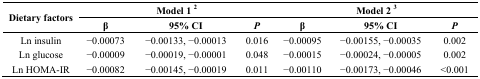
| <ROWSPAN=2> Dietary factors | <COLSPAN=3> Model 1 2 | <COLSPAN=3> Model 2 3 |
 | β | 95% CI | P | β | 95% CI | P |
 | --- | --- | --- | --- | --- | --- | --- |
 | Ln insulin | −0.00073 | −0.00133, −0.00013 | 0.016 | −0.00095 | −0.00155, −0.00035 | 0.002 |
 | Ln glucose | −0.00009 | −0.00019, −0.00001 | 0.048 | −0.00015 | −0.00024, −0.00005 | 0.002 |
 | Ln HOMA-IR | −0.00082 | −0.00145, −0.00019 | 0.011 | −0.00110 | −0.00173, −0.00046 | <0.001 |